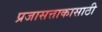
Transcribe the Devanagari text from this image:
प्रजासत्ताकासाठी